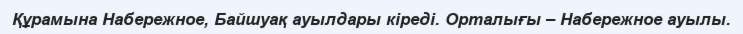
Құрамына Набережное, Байшуақ ауылдары кіреді. Орталығы – Набережное ауылы.